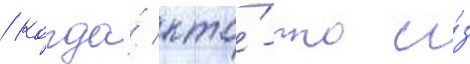
/ когда́ кто́-то и́з